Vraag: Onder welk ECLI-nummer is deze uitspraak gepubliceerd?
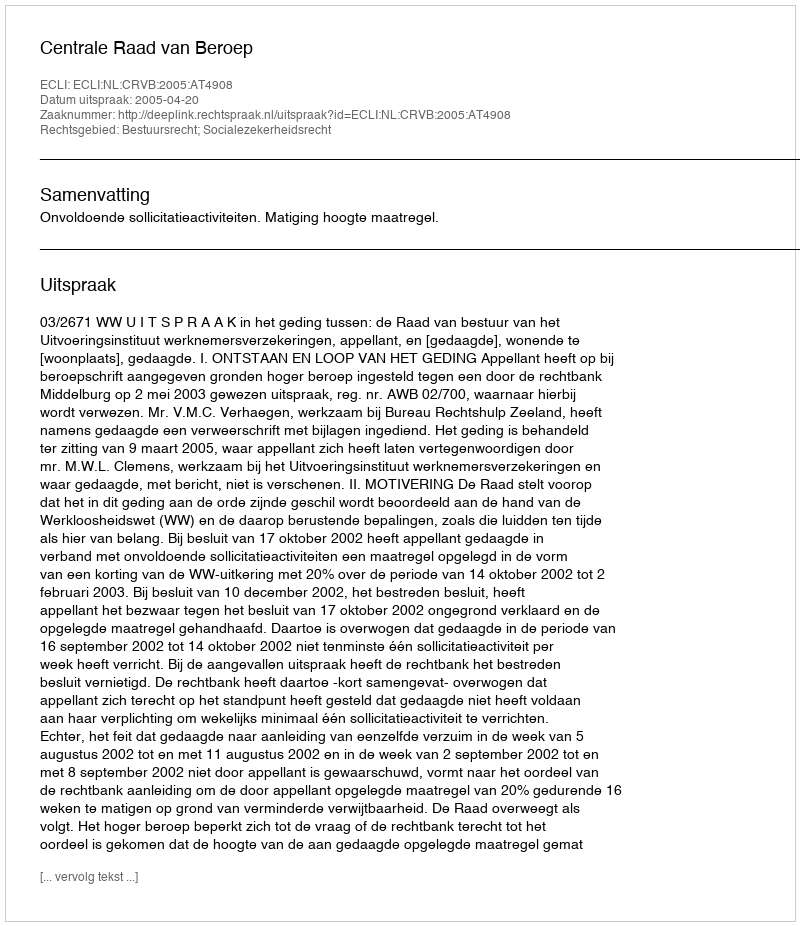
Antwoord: ECLI:NL:CRVB:2005:AT4908